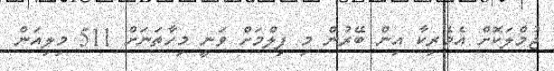
ޖުމްލަކޮށް އެމެރިކާ އިން ބޭރުން މި ފިލްމަށް ވަނީ މިހާތަނަށް 511 މިލިއަން